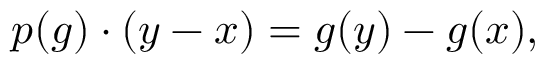
p ( g ) \cdot ( y - x ) = g ( y ) - g ( x ) ,